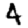
Digit: 4